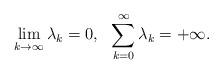
LaTeX: \begin{align*} &\lim_{k\to\infty}\lambda_k=0,\ \ \sum_{k=0}^{\infty}\lambda_k=+\infty.\end{align*}